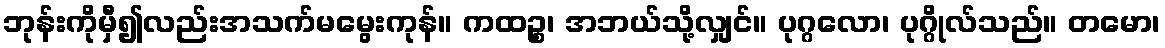
ဘုန်းကိုမှီ၍လည်းအသက်မမွေးကုန်။ ကထဉ္စ၊ အဘယ်သို့လျှင်။ ပုဂ္ဂလော၊ ပုဂ္ဂိုလ်သည်။ တမော၊